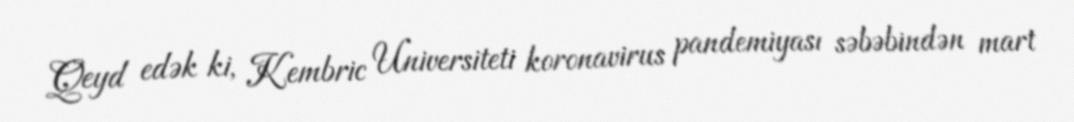
Qeyd edək ki, Kembric Universiteti koronavirus pandemiyası səbəbindən mart